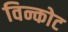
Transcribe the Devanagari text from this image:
विन्कोट